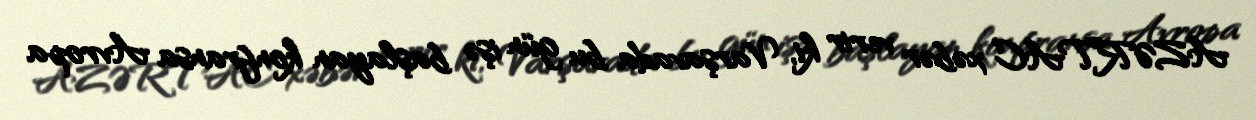
AZƏRTAC xəbər verir ki, Varşavada bu gün işə başlayan konfransa Avropa